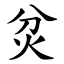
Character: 炃